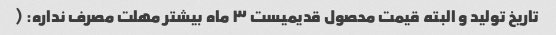
تاریخ تولید و البته قیمت محصول قدیمیست ۳ ماه بیشتر مهلت مصرف نداره: (